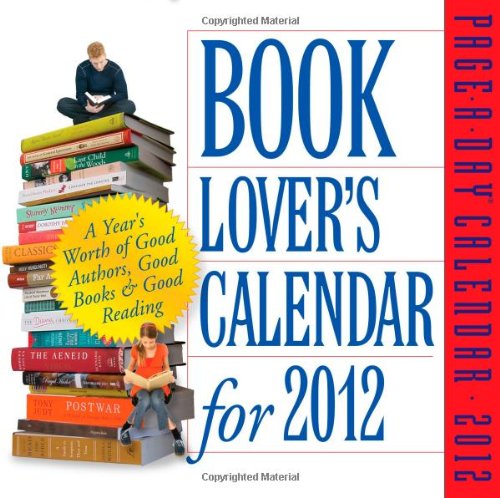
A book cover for Book Lover's 2012 Calendar; Workman Publishing; Crafts, Hobbies & Home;